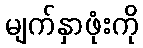
မျက်နှာဖုံးကို